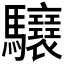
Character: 𩧝